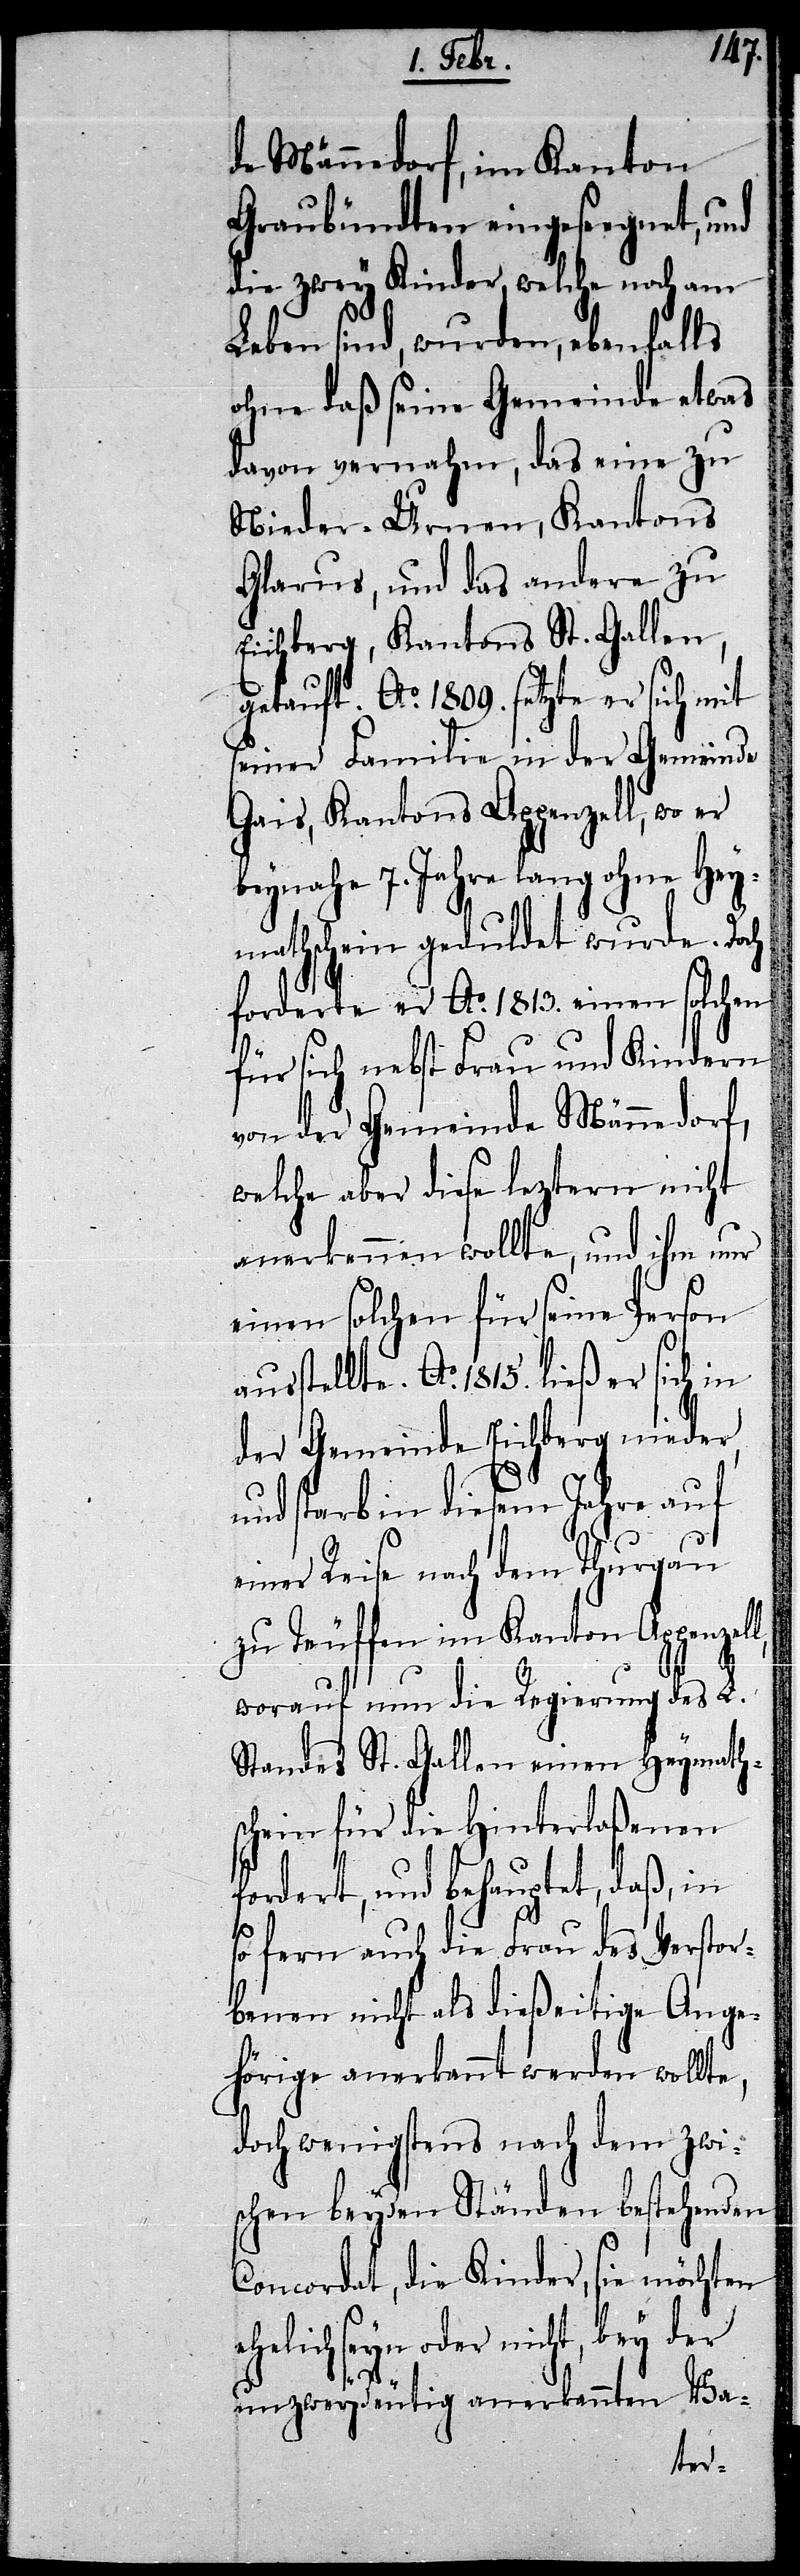
de Männedorf, im Kanton
Graubündten eingeseegnet, und
die zwey Kinder, welche noch am
Leben sind, wurden, ebenfalls
ohne daß seine Gemeinde etwas
davon vernahm, das eine zu
Nieder-Urnen, Kantons
Glarus, und das andere zu
Eichberg, Kantons St. Gallen,
sstellte. Ao. 1815. ließ er sich in
seiner Familie in der Gemeinde
Gais, Kantons Appenzell, wo er
beynahe 7. Jahre lang ohne Hey¬
mathschein geduldet wurde. Doch
forderte er Ao. 1813. einen solchen
für sich nebst Frau und Kindern
von der Gemeinde Männedorf,
welche aber diese leztern nicht
anerkennen wollte, und ihm nur
einen solchen für seine Person
der Gemeinde Eichberg nieder,
und starb in diesem Jahre auf
einer Reise nach dem Thurgau
zu Teuffen im Kanton Appenzell,
u¬
worauf nun die Regierung des L.
Standes St. Gallen einen Heymath¬
schein für die Hinterlaßenen
fordert, und behauptet, daß, in
so fern auch die Frau des Verstor¬
benen nicht als dießeitige Ange¬
hörige anerkannt werden wollte,
doch wenigstens nach dem zwi¬
schen beyden Ständen bestehenden
Concordat, die Kinder, sie möchten
ehelich seyn oder nicht, bey der
unzweydeutig anerkannten Va-